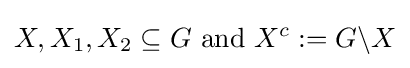
X,X_{1},X_{2}\subseteq G{\mbox{ and }}X^{c}:=G\backslash X